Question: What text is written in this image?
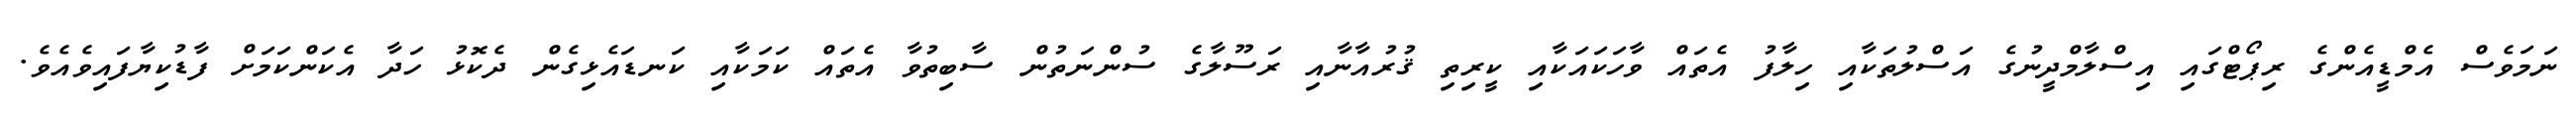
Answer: ނަމަވެސް އެމްޑީއެންގެ ރިޕޯޓްގައި އިސްލާމްދީނުގެ އަސްލުތަކާއި ހިލާފު އެތައް ވާހަކައަކާއި ކީރިތި ޤުރުއާނާއި ރަސޫލާގެ ސުންނަތުން ސާބިތުވާ އެތައް ކަމަކާއި ކަނޑައެޅިގެން ދެކޮޅު ހަދާ އެކަންކަމަށް ފާޑުކިޔާފައިވެއެވެ.